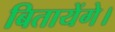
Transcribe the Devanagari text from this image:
बितायेंगे।